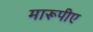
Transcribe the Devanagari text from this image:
मारूपीए